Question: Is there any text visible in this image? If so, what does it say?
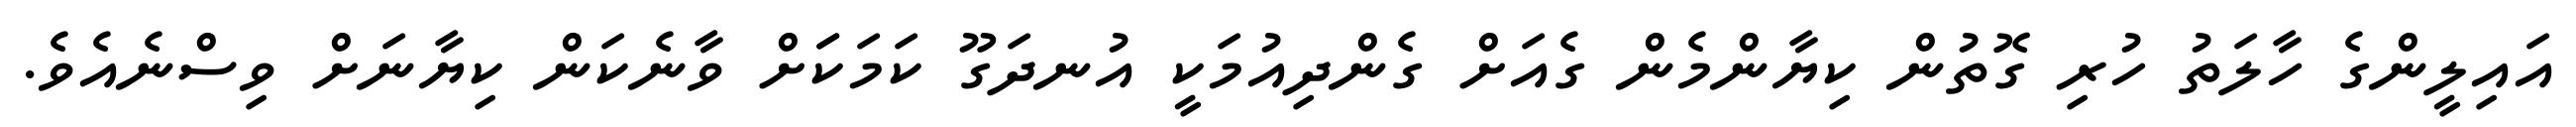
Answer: އައިލީންގެ ހާލަތު ހުރި ގޮތުން ކިޔާންމެން ގެއަށް ގެންދިއުމަކީ އުނދަގޫ ކަމަކަަށް ވާނެކަން ކިޔާނަށް ވިސްނެއެވެ.